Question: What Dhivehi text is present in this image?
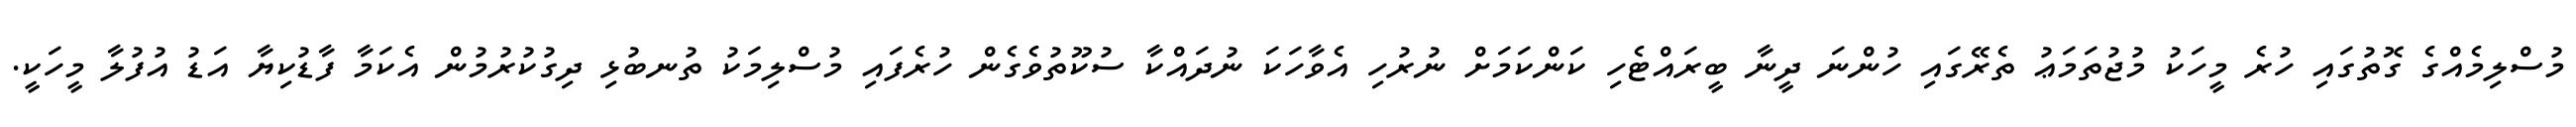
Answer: މުސްލިމެއްގެ ގޮތުގައި ހުރެ މީހަކު މުޖުތަމަޢު ތެރޭގައި ހުންނަ ދީނާ ބީރައްޓެހި ކަންކަމަށް ނުރުހި އެވާހަކަ ނުދައްކާ ސުކޫތުވެގެން ހުރެފައި މުސްލިމަކު ތުނބުޅި ދިގުކުރުމުން އެކަމާ ފާޑުކިޔާ އަޑު އުފުލާ މީހަކީ.